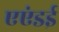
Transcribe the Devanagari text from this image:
एएंडई